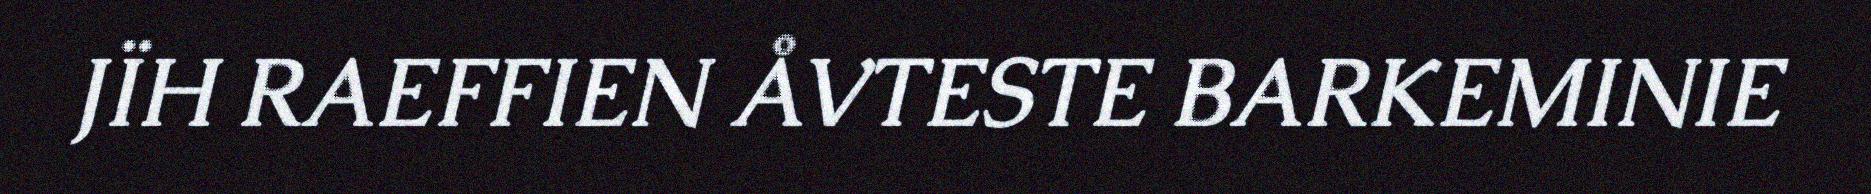
JÏH RAEFFIEN ÅVTESTE BARKEMINIE